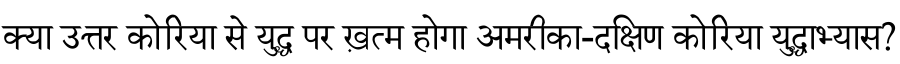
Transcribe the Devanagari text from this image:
क्या उत्तर कोरिया से युद्ध पर ख़त्म होगा अमरीका-दक्षिण कोरिया युद्धाभ्यास?